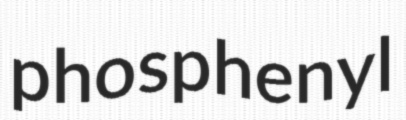
phosphenyl